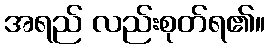
အရည် လည်းစုတ်ရ၏။